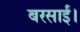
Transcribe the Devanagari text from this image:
बरसाईं।